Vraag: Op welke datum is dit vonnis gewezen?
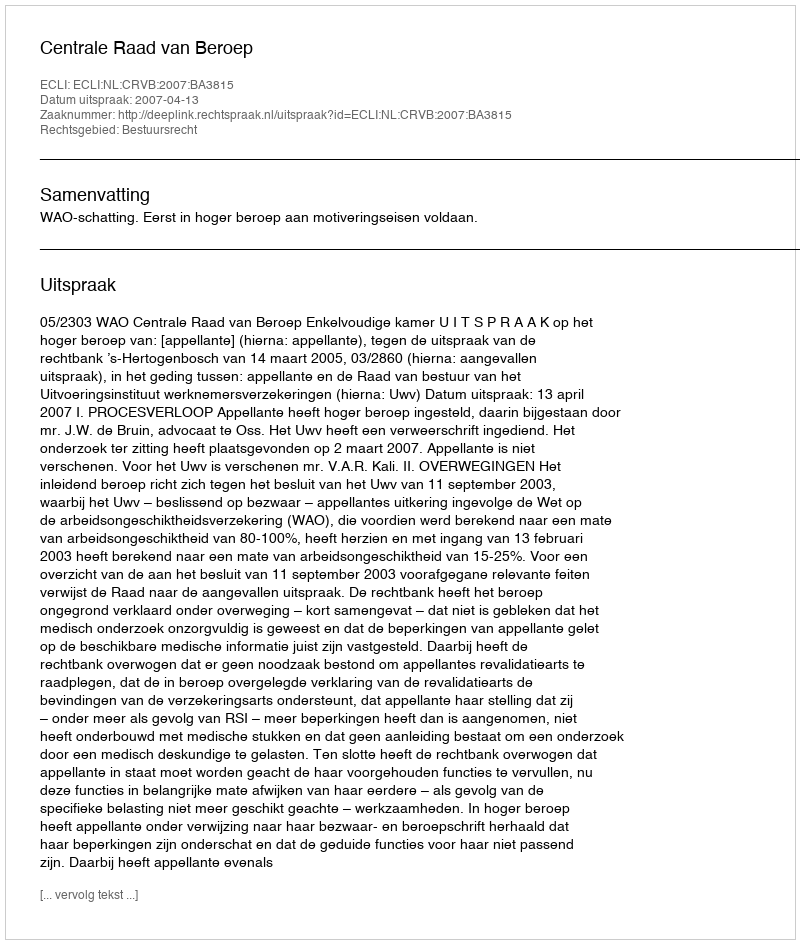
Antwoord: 2007-04-13